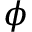
\phi